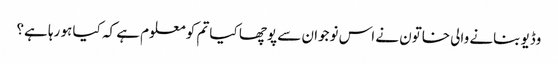
وڈیو بنانے والی خاتون نے اس نوجوان سے پوچھا کیا تم کو معلوم ہے کہ کیا ہو رہا ہے؟